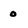
Character: o